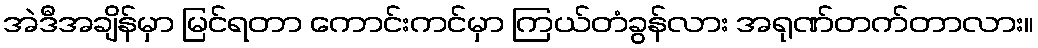
အဲဒီအချိန်မှာ မြင်ရတာ ကောင်းကင်မှာ ကြယ်တံခွန်လား အရုဏ်တက်တာလား။